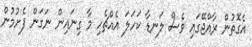
އެގޮތުން ރާއްޖޭގައި ވެސް ލަނޑާ ކަހަލަ އެއްޗެހި މާ ގިނައިން ނަގަން ފެށުމުން